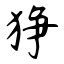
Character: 狰